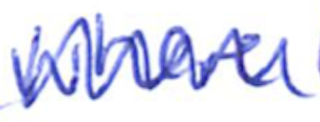
Text: where
Cross-out: zig-zag
Writing tool: ballpoint